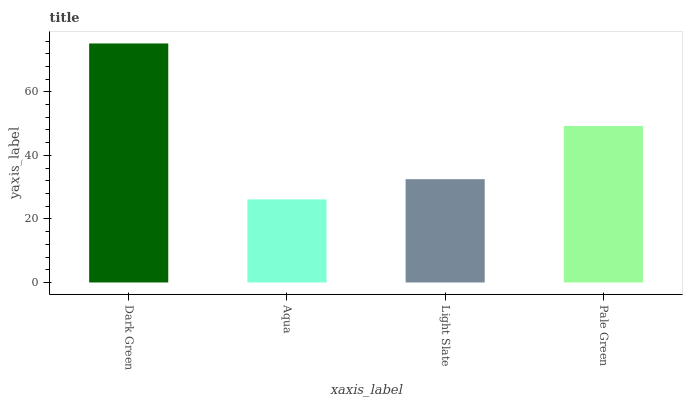
| xaxis_label | bars |
 | --- | --- |
 | Dark Green | 75.2 |
 | Aqua | 26.2 |
 | Light Slate | 32.5 |
 | Pale Green | 49.3 |